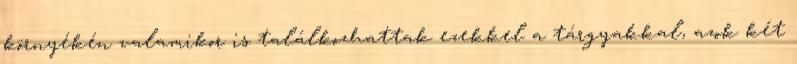
környékén valamikor is találkozhattak ezekkel a tárgyakkal, azok két